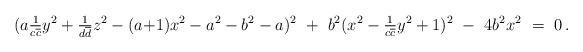
LaTeX: \begin{align*} (a\tfrac{1}{c\overline{c}}y^2+\tfrac{1}{d\overline{d}}z^2 - (a{+}1)x^2 -a^2-b^2-a)^2\ +\ b^2(x^2-\tfrac{1}{c\overline{c}}y^2+1)^2\ -\ 4b^2x^2\ =\ 0\,.\end{align*}